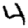
Digit: 4